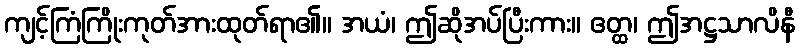
ကျင့်ကြံကြိုးကုတ်အားထုတ်ရာ၏။ အယံ၊ ဤဆိုအပ်ပြီးကား။ ဧတ္ထ၊ ဤအဋ္ဌသာလိနီ